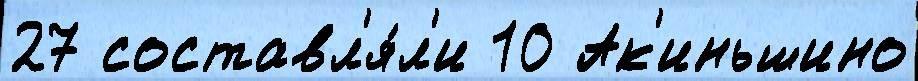
27 составл'я́л'и 10 Ак'иньшино